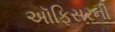
અૉફિસરની